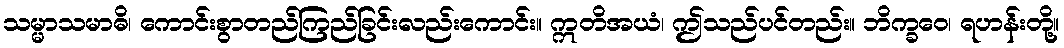
သမ္မာသမာဓိ၊ ကောင်းစွာတည်ကြည်ခြင်းလည်းကောင်း။ ဣတိအယံ၊ ဤသည်ပင်တည်း။ ဘိက္ခဝေ၊ ရဟန်းတို့။